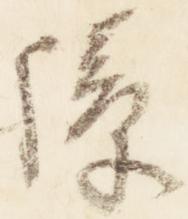
障